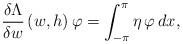
LaTeX: \begin{align*}\displaystyle\frac{\delta \Lambda}{\delta w}\,(w,h)\,\varphi= \int_{-\pi}^\pi \eta\,\varphi\,dx,\end{align*}